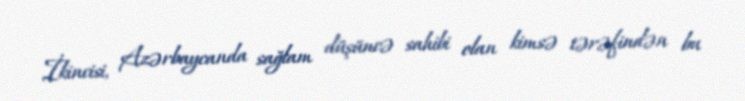
İkincisi, Azərbaycanda sağlam düşüncə sahibi olan kimsə tərəfindən bu